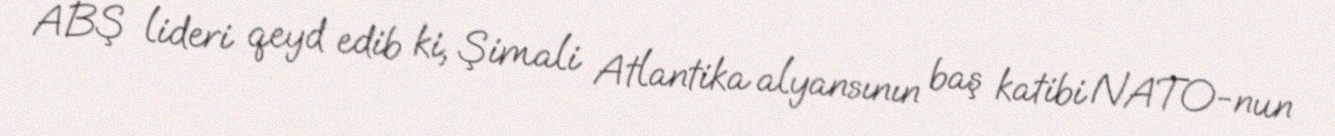
ABŞ lideri qeyd edib ki, Şimali Atlantika alyansının baş katibi NATO-nun